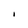
Character: i